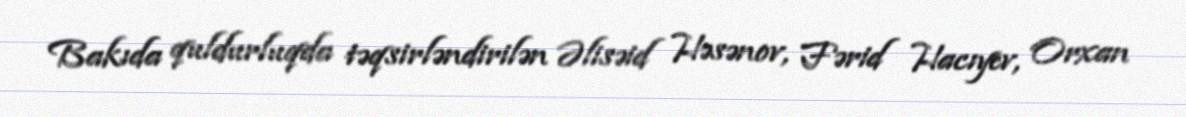
Bakıda quldurluqda təqsirləndirilən Əlisəid Həsənov, Fərid Hacıyev, Orxan